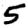
Digit: 5